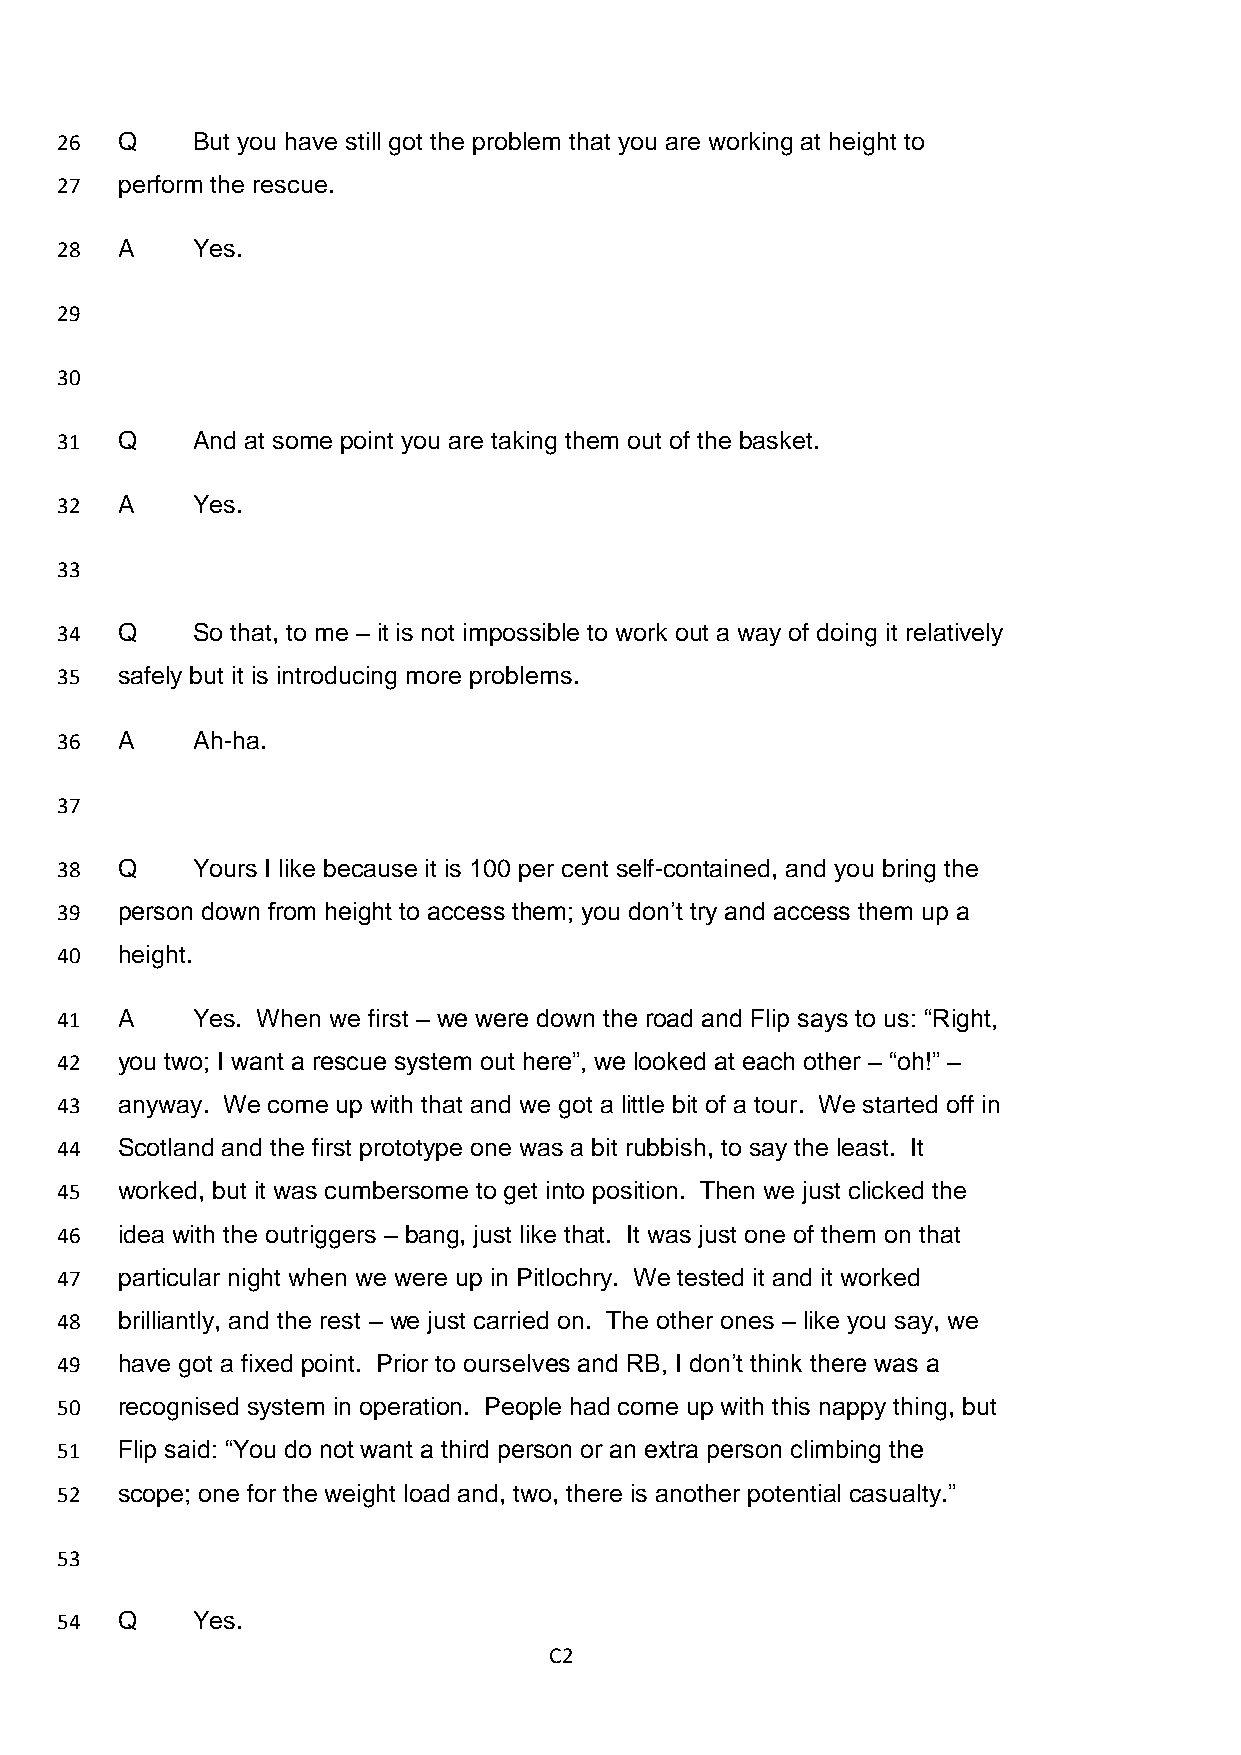
26  Q    But you have still got the problem that you are working at height to
 27  perform the rescue.
 28  A    Yes.
 29
 30
 31  Q    And at some point you are taking them out of the basket.
 32  A    Yes.
 33
 34  Q    So that, to me – it is not impossible to work out a way of doing it relatively
 35  safely but it is introducing more problems.
 36  A    Ah-ha.
 37
 38  Q    Yours I like because it is 100 per cent self-contained, and you bring the
 39  person down from height to access them; you don’t try and access them up a
 40  height.
 41  A    Yes. When we first – we were down the road and Flip says to us: “Right,
 42  you two; I want a rescue system out here”, we looked at each other – “oh!” –
 43  anyway. We come up with that and we got a little bit of a tour. We started off in
 44  Scotland and the first prototype one was a bit rubbish, to say the least. It
 45  worked, but it was cumbersome to get into position. Then we just clicked the
 46  idea with the outriggers – bang, just like that. It was just one of them on that
 47  particular night when we were up in Pitlochry. We tested it and it worked
 48  brilliantly, and the rest – we just carried on. The other ones – like you say, we
 49  have got a fixed point. Prior to ourselves and RB, I don’t think there was a
 50  recognised system in operation. People had come up with this nappy thing, but
 51  Flip said: “You do not want a third person or an extra person climbing the
 52  scope; one for the weight load and, two, there is another potential casualty.”
 53
 54  Q    Yes.
 C2